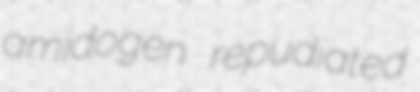
amidogen repudiated